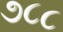
૭૮૮